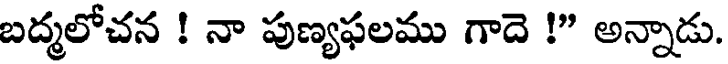
బద్మలోచన ! నా పుణ్యఫలము గాదె !" అన్నాడు.